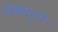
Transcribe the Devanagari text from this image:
अंकसूची